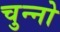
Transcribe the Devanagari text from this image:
चुन्नो